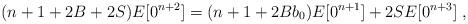
LaTeX: \begin{align*}(n+1+2B+2S)E[0^{n+2}] = (n+1+2Bb_{0})E[0^{n+1}] + 2SE[0^{n+3}]\;,\end{align*}